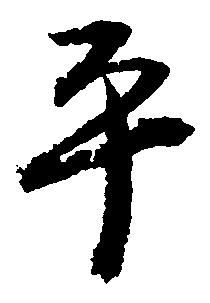
平